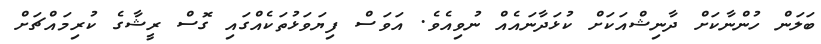
ބަލަން ހުންނާކަށް ދާނިޝްއަކަށް ކުޅަދާނައެއް ނުވިއެވެ. އަވަސް ފިޔަވަޅުތަކެއްގައި ގޮސް ރީޝާގެ ކުރިމައްޗަށް